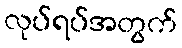
လုပ်ရပ်အတွက်